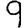
Digit: 9